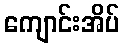
ကျောင်းအိပ်